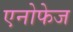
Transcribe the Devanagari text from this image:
एनोफेज